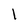
Character: 1